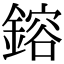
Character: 鎔